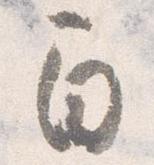
間